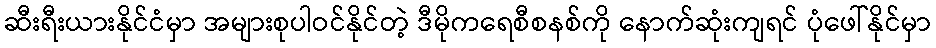
ဆီးရီးယားနိုင်ငံမှာ အများစုပါဝင်နိုင်တဲ့ ဒီမိုကရေစီစနစ်ကို နောက်ဆုံးကျရင် ပုံဖေါ်နိုင်မှာ